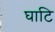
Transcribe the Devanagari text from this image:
घाटि